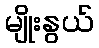
မျိုးနွယ်